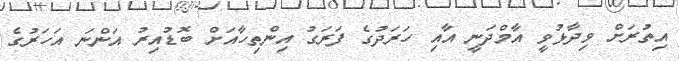
އިތުރަށް ވިދާޅުވީ އާމްދަނީ އާއި ހަރަދުގެ ފަރަގު އިންތިހާއަށް ބޮޑުއިރު އަންނަ އަހަރުގެ